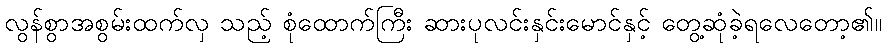
လွန်စွာအစွမ်းထက်လှ သည့် စုံထောက်ကြီး ဆားပုလင်းနှင်းမောင်နှင့် တွေ့ဆုံခဲ့ရလေတော့၏။